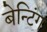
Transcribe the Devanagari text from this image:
बेन्टिंग